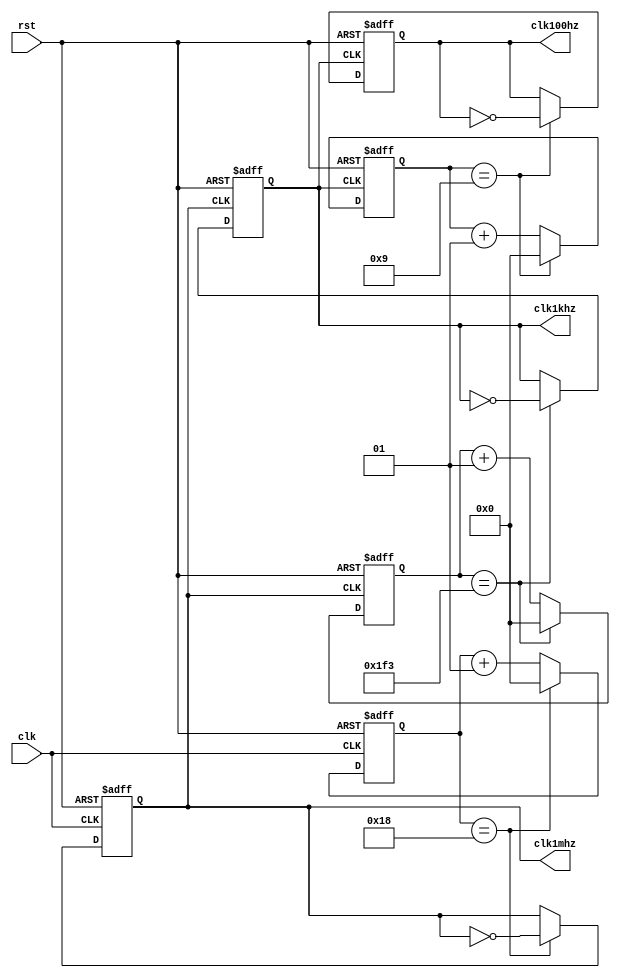
//`define SIM
module div_clk(clk,rst,clk1khz,clk100hz,clk1mhz);
`ifndef SIM  //for FPGA DE2
        localparam count1_num = 24;
        localparam count2_num = 499;
        localparam count3_num = 9;
`else        //just for simulation
		    localparam count1_num = 0;
        localparam count2_num = 0;
        localparam count3_num = 0;
`endif
//**********************************************************/		
//******************input & output**************************/
//**********************************************************/
input clk,rst;
output reg clk100hz;
output reg clk1khz;
output reg clk1mhz;
//**********************************************************/		
//******************difine wire and interface  *************/
//**********************************************************/	
integer count1,count2,count3;

//**********************************************************/		
//******************main  code   **************************/
//**********************************************************/

//50mhz to 1mhz
always @(posedge clk or negedge rst)
begin
  if (!rst)
    begin
    count1 <=0;
    clk1mhz<=0;
    end
  else if (count1 == count1_num)  
    begin
    count1 <= 0;
    clk1mhz<=~clk1mhz;
    end
  else
    count1 <= count1 +1; 
end
//1mhz to 1khz 
always @(posedge clk1mhz or negedge rst)
begin
  if (!rst)
    begin
    count2 <= 0;
    clk1khz <= 0;
    end

    else if (count2 == count2_num)    
    begin
    count2 <= 0;
    clk1khz <= ~clk1khz;
    end
  else
    count2 <= count2 +1; 
end
// 1khz to 1hz
always @(posedge clk1khz or negedge rst)
begin
  if (!rst)
    begin
    count3 <= 0;
    clk100hz <= 0;
    end

    else if (count3 == count3_num)  
    begin
    count3 <= 0;
    clk100hz <= ~clk100hz;
    end
  else
    count3 <= count3 +1; 
end


    
     
endmodule